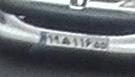
۱۹ه۱۱۶۵۵